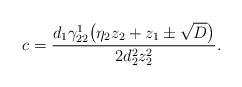
LaTeX: \begin{align*}c=\frac{d_1\gamma_{22}^1\big(\eta_2z_2+z_1\pm\sqrt D\big)}{2d_2^2z_2^2}.\end{align*}